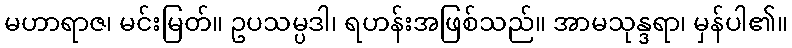
မဟာရာဇ၊ မင်းမြတ်။ ဥပသမ္ပဒါ၊ ရဟန်းအဖြစ်သည်။ အာမသုန္ဒရာ၊ မှန်ပါ၏။